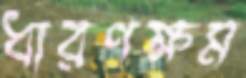
ধারণক্ষম